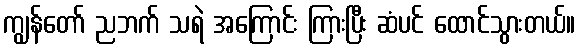
ကျွန်တော် ညဘက် သရဲ အကြောင်း ကြားပြီး ဆံပင် ထောင်သွားတယ်။